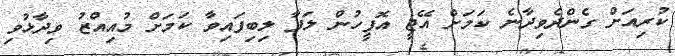
ކުރިއަށް ގެންދެވިދާނެ ކަމަށް އޭޖީ އޮފީހުން ލަފާ ލިބިފައިވާ ކަމަށް މުއިއްޒު ވިދާޅުވި